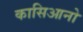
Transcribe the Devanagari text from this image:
कासिआनो